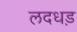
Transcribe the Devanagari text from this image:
लदधड़